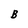
Character: B